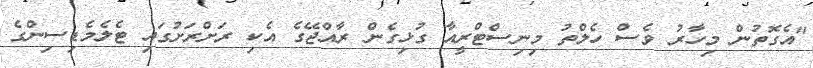
"އެގޮތުން މިހާރު ވެސް ހެލްތު މިނިސްޓްރީއާ ގުޅިގެން ރާއްޖޭގެ އެކި ރަށްރަށުގައި ޓެލެމެޑިސިންގެ